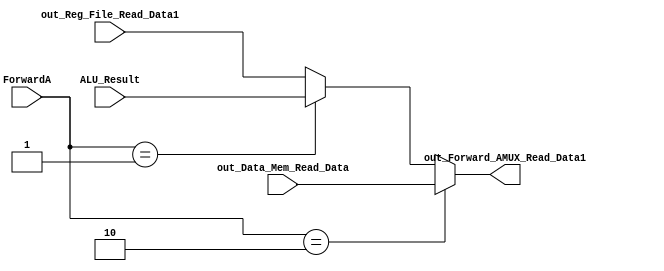
module Forward_AMUX(
input [1:0]ForwardA,
input [31:0]ALU_Result,
input [31:0]out_Data_Mem_Read_Data,
input [31:0]out_Reg_File_Read_Data1,
output reg [31:0]out_Forward_AMUX_Read_Data1
);

always@(*)begin

out_Forward_AMUX_Read_Data1=out_Reg_File_Read_Data1;

if (ForwardA ==2'b01)begin
out_Forward_AMUX_Read_Data1=ALU_Result;
end
if(ForwardA==2'b10)begin
out_Forward_AMUX_Read_Data1=out_Data_Mem_Read_Data;
end

end 
endmodule